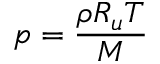
p = { \frac { \rho R _ { u } T } { M } }